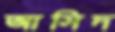
আসিদ